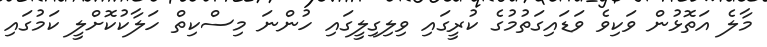
މާލެ އަތޮޅުން ވަކިވެ ވަޑައިގަތުމުގެ ކުރީގައި ވިލިގިލީގައި ހުންނަ މިސްކިތް ހަލާކުކޮށްލީ ކަމުގައި